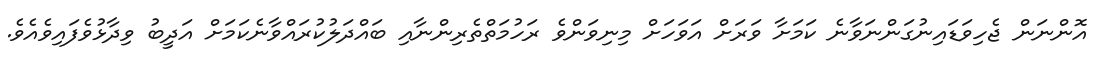
އޮންނަން ޖެހިވަޑައިނުގަންނަވާނެ ކަމަށާ ވަރަށް އަވަހަށް މިނިވަންވެ ރަހުމަތްތެރިންނާއި ބައްދަލުކުރައްވާނެކަމަށް އަދީބު ވިދާޅުވެފައިވެއެވެ.